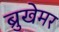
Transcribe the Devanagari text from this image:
ब्रुखेमर